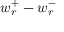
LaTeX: w _ { r } ^ { + } - w _ { r } ^ { - }